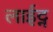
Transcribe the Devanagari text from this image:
लाईट्न